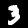
Digit: 3